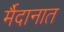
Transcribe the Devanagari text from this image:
र्मैदानात